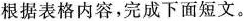
根据表格内容，完成下面短文.。